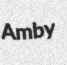
Amby